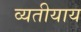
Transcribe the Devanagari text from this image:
व्यतीयाय